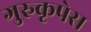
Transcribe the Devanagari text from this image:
गुरुकृपेस